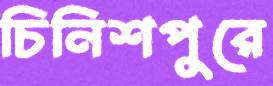
চিনিশপুরে